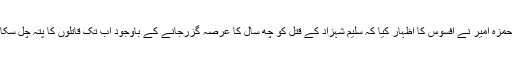
مقدمے کی پیروی کرنے والے سلیم شہزاد کے برادر نسبتی اور ترک ریڈیو و ٹیلی ویژن کے نامہ نگار حمزہ امیر نے افسوس کا اظہار کیا کہ سلیم شہزاد کے قتل کو چھ سال کا عرصہ گزرجانے کے باوجود اب تک قاتلوں کا پتہ چل سکا ہے، نہ ہی واقعے کی چھان بین کے لیے بنائے گئے تحقیقاتی کمیشن کی سفارش پر عمل درآمد ہوا ہے۔